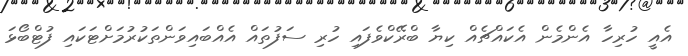
އެއީ ހުރިހާ އެންމެން އެކައްޗެއް ކިޔާ ބްރޭކްވެފައި ހުރި ސަފުތައް އެއްބައިވަންތަކުރުމަށްޓަކައި ފުޓްބޯޅަ